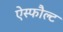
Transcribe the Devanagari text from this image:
ऐस्फौल्ट